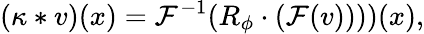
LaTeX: (\kappa\ast v)(x)=\mathcal{F}^{-1}(R_{\phi}\cdot(\mathcal{F}(v))))(x),